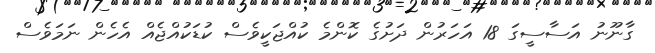
ގާނޫނު އަސާސީގަ 18 އަހަރުން ދަށުގެ ކޮންމެ ކުއްޖަކީވެސް ކުޑަކުއްޖެއް އެހެން ނަމަވެސް